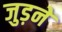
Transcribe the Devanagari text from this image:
जुड़नें